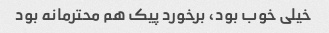
خیلی خوب بود، برخورد پیک هم محترمانه بود